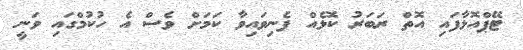
ޓޭޕްއޮޅާފައި އޮތް ރަބަރު ކޮޅެއް ފެނިވައިވާ ކަމަށް ވެސް އެ ހުކުމްގައި ވަނީ